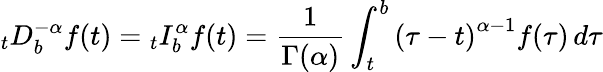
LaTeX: _{t}D_{b}^{-\alpha}f(t)={}_{t}I_{b}^{\alpha}f(t)={\frac{1}{\Gamma(\alpha)}}\int_{t}^{b}\left(\tau-t\right)^{\alpha-1}f(\tau)\, d\tau